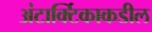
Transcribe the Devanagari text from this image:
अंटार्क्टिकाकडील